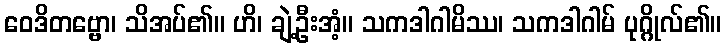
ဝေဒိတဗ္ဗော၊ သိအပ်၏။ ဟိ၊ ချဲ့ဦးအံ့။ သကဒါဂါမိဿ၊ သကဒါဂါမ် ပုဂ္ဂိုလ်၏။